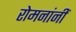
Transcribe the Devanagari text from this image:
रोमनांनीं